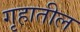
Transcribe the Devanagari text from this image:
गृहातील